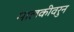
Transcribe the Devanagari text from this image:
मालकीवरुन